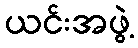
ယင်းအဖွဲ့